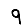
Digit: 9